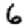
Digit: 6